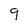
Character: g